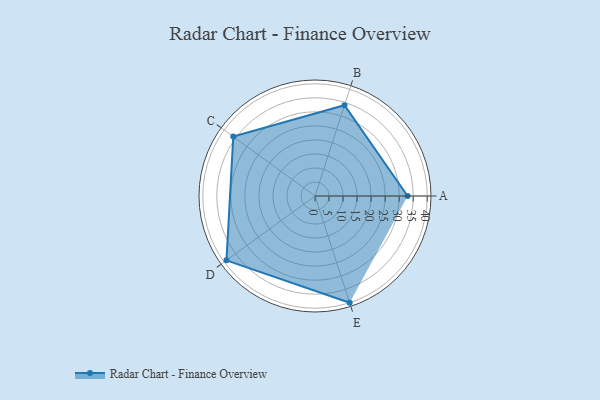
{"axis": {"x": "Skill", "y": "Score"}, "legend": ["Profile"], "data": [{"x": "A", "y": 33.0, "type": "Profile"}, {"x": "B", "y": 34.0, "type": "Profile"}, {"x": "C", "y": 36.0, "type": "Profile"}, {"x": "D", "y": 39.0, "type": "Profile"}, {"x": "E", "y": 40.0, "type": "Profile"}]}